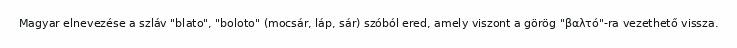
Magyar elnevezése a szláv "blato", "boloto" (mocsár, láp, sár) szóból ered, amely viszont a görög "βαλτό"-ra vezethető vissza.